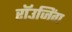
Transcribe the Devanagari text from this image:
रॉउजिंग